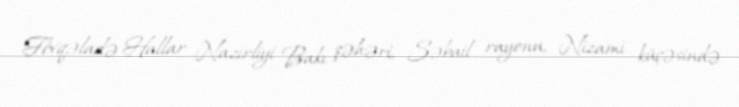
Fövqəladə Hallar Nazirliyi Bakı şəhəri, Səbail rayonu, Nizami küçəsində